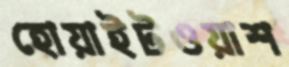
হোয়াইটওয়াশ